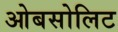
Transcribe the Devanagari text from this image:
ओबसोलिट